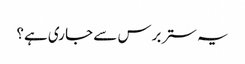
یہ ستر برس سے جا ری ہے؟